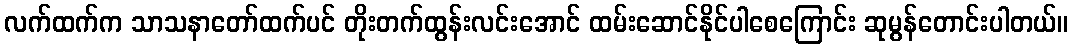
လက်ထက်က သာသနာတော်ထက်ပင် တိုးတက်ထွန်းလင်းအောင် ထမ်းဆောင်နိုင်ပါစေကြောင်း ဆုမွန်တောင်းပါတယ်။